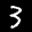
Digit: 3